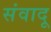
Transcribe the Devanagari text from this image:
संवादू